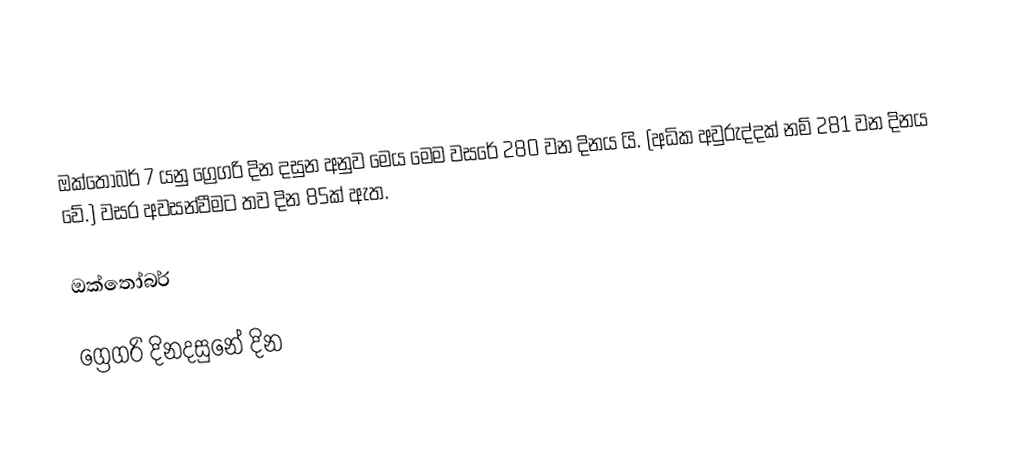
ඔක්තෝබර් 7 යනු ග්‍රෙගරි දින දසුන අනුව මෙය මෙම වසරේ 280 වන දිනය යි. (අධික අවුරුද්දක් නම් 281 වන දිනය වේ.) වසර අවසන්වීමට තව දින 85ක් ඇත.

ඔක්තෝබර්

ග්‍රෙගරි දිනදසුනේ දින